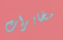
مخابرات